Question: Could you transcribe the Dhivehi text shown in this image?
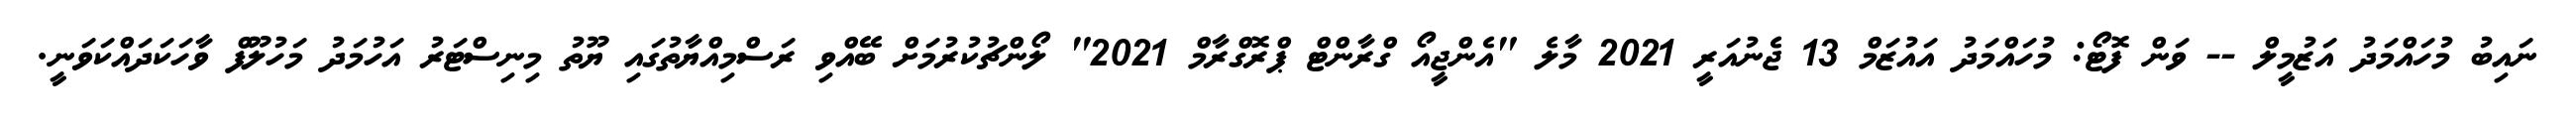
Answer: ނައިބު މުހައްމަދު އަޒުމީލް -- ވަން ފޮޓޯ: މުހައްމަދު އައުޒަމް 13 ޖެނުއަރީ 2021 މާލެ "އެންޖީއޯ ގްރާންޓް ޕްރޮގްރާމް 2021" ލޯންޗުކުރުމަށް ބޭއްވި ރަސްމިއްޔާތުގައި ޔޫތު މިނިސްޓަރު އަހުމަދު މަހުލޫފް ވާހަކަދައްކަވަނީ.